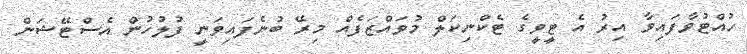
ހުއްޓުވާފައިވާ އިރު އެ ޓީވީގެ ޓެކްނިކަލް މުވައްޒަފެއް މިރޭ ބުނެފައިވަނީ ފުލުހުން އެސްޓޭޝަން